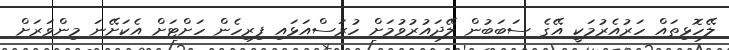
ލޭހޮޅިތައް ހަރުއެރުމަކީ އޭގެ ސަބަބުން ލޭދައުރުވުމަށް ހުރަސްއަޅައި ފިރިހެން ހަށްޓަށް އެކަށޭނަ މިންވަރަށް